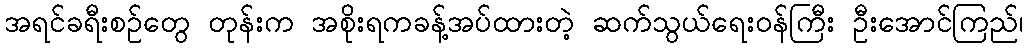
အရင်ခရီးစဉ်တွေ တုန်းက အစိုးရကခန့်အပ်ထားတဲ့ ဆက်သွယ်ရေးဝန်ကြီး ဦးအောင်ကြည်၊